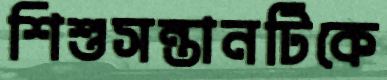
শিশুসন্তানটিকে